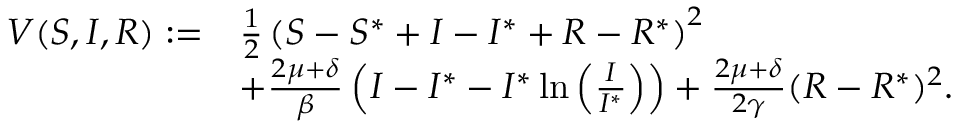
\begin{array} { r l } { V ( S , I , R ) : = } & { \frac { 1 } { 2 } \left( S - S ^ { * } + I - I ^ { * } + R - R ^ { * } \right) ^ { 2 } } \\ & { + \frac { 2 \mu + \delta } { \beta } \left( I - I ^ { * } - I ^ { * } \ln \left( \frac { I } { I ^ { * } } \right) \right) + \frac { 2 \mu + \delta } { 2 \gamma } ( R - R ^ { * } ) ^ { 2 } . } \end{array}